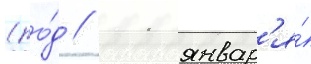
(ро́д // 11 январ'я́